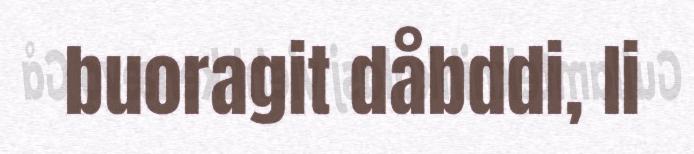
buoragit dåbddi, li